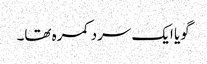
گویا ایک سرد کمرہ تھا۔